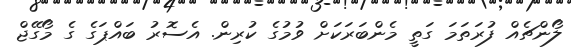
ލޯންޗެއް ފުރަތަމަ ގަތީ މެންބަރަކަށް ވުމުގެ ކުރިން. އެސޮރު ބައްޕަގެ ގެ މޯގޭޖް